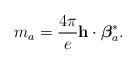
LaTeX: \begin{align*}m_a = \frac{4\pi}{e} {\bf h}\cdot {{\mbox{\boldmath $\beta$}}_a^*} .\end{align*}